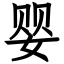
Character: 婴